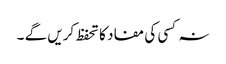
نہ کسی کی مفاد کا تحفظ کریں گے ۔